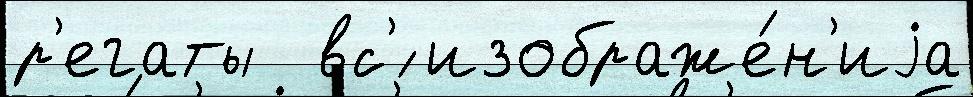
р'егаты  вс'́ изображе́н'иjа